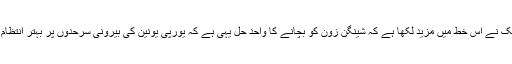
ڈونلڈ ٹُسک نے اس خط ميں مزيد لکھا ہے کہ شينگن زون کو بچانے کا واحد حل يہی ہے کہ يورپی يونين کی بيرونی سرحدوں پر بہتر انتظام لاگو ہو۔